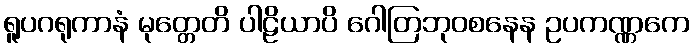
ရူပဂရုကာနံ မုတ္တေတိ ပါဠိယာပိ ဂေါတြဘုဝစနေန ဥပကဏ္ဏကေ